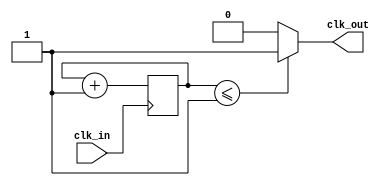
module PC_Clk(clk_in, clk_out);

input  clk_in;
output clk_out;

reg [1:0] ctr = 0;

always @(posedge clk_in)
begin

	ctr <= ctr + 1;
end

assign clk_out = (ctr <= 1) ? 1 : 0;

endmodule